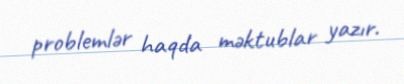
problemlər haqda məktublar yazır.